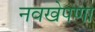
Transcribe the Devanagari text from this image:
नवखेपणा